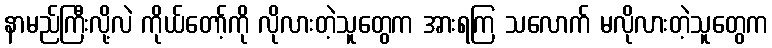
နာမည်ကြီးလို့လဲ ကိုယ်တော့်ကို လိုလားတဲ့သူတွေက အားရကြ သလောက် မလိုလားတဲ့သူတွေက